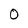
Character: O